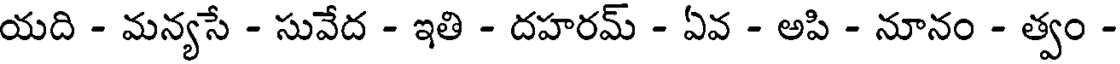
యది - మన్యసే - సువేద - ఇతి - దహరమ్ - ఏవ - అపి - నూనం - త్వం -